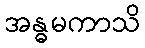
အန္ဓမကာသိ